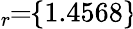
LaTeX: \! \! \! \overline{{\epsilon}}_{r}\! \! =\! \! \{ 1.4568\} \!